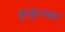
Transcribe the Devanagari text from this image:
कुकुज्का